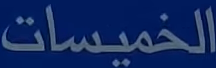
الخميسات